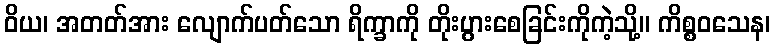
ဝိယ၊ အတတ်အား လျောက်ပတ်သော ရိက္ခာကို တိုးပွားစေခြင်းကိုကဲ့သို့။ ကိစ္စဝသေန၊